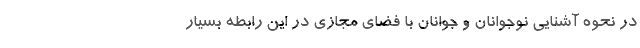
در نحوه آشنایی نوجوانان و جوانان با فضای مجازی در این رابطه بسیار